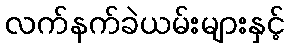
လက်နက်ခဲယမ်းများနှင့်